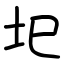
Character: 圯